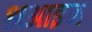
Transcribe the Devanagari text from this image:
श्रआइन